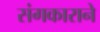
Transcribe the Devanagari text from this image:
संगकाराने